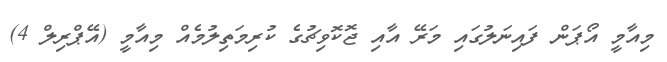
މިއާމީ އޯޕަން ފައިނަލުގައި މަރޭ އާއި ޖޮކޮވިޗުގެ ކުރިމަތިލުމެއް މިއާމީ (އޭޕްރިލް 4)